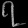
Digit: ၇